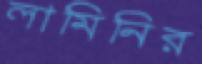
লামিনির